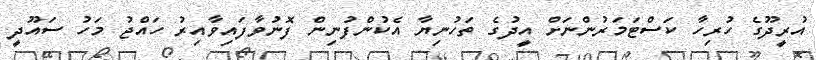
އުރީދޫގެ ހުރިހާ ކަސްޓަމަރުންނަށް އީދުގެ ތަހުނިޔާ އެކުންފުނިން ފޮނުވާފައިވާއިރު ހައްޖު މަހު ސައޫދީ